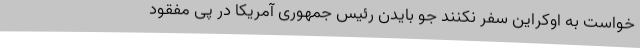
خواست به اوکراین سفر نکنند جو بایدن رئیس جمهوری آمریکا در پی مفقود